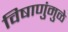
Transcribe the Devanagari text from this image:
विषाणुंमुळे